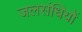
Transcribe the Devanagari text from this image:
जलसंधियों